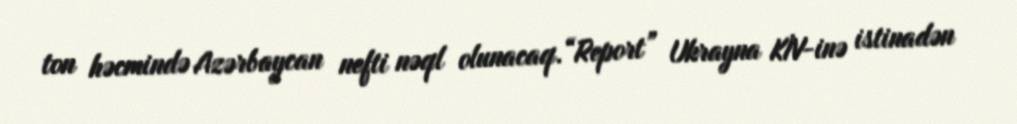
ton həcmində Azərbaycan nefti nəql olunacaq.“Report” Ukrayna KİV-inə istinadən